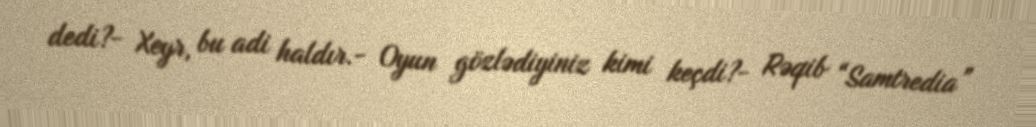
dedi?- Xeyr, bu adi haldır.- Oyun gözlədiyiniz kimi keçdi?- Rəqib “Samtredia”